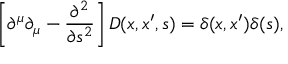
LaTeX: \left[ \partial ^ { \mu } \partial _ { \mu } - \frac { \partial ^ { 2 } } { \partial s ^ { 2 } } \right] D ( x , x ^ { \prime } , s ) = \delta ( x , x ^ { \prime } ) \delta ( s ) ,